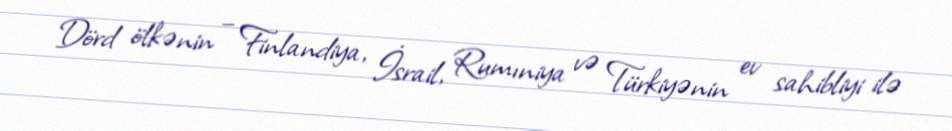
Dörd ölkənin – Finlandiya, İsrail, Rumıniya və Türkiyənin ev sahibliyi ilə